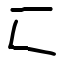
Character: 匚